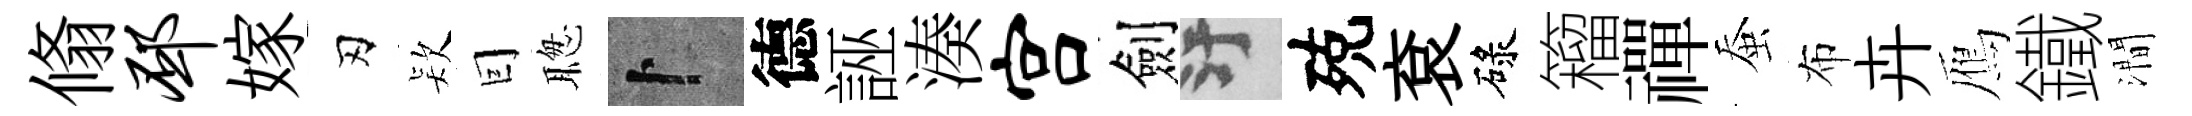
翛邳嫁刃𣣇囙聦卜德誣湊宫劍污殑袞碌籕禪蚕布卉鴈鐵澗